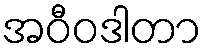
အဝီဝဒါတာ